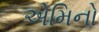
એમિનો